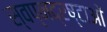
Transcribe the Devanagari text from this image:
स्वप्नद्रष्टाओं